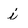
Character: i